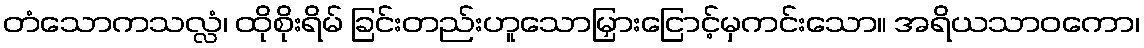
တံသောကသလ္လံ၊ ထိုစိုးရိမ် ခြင်းတည်းဟူသောမြှားငြောင့်မှကင်းသော။ အရိယသာဝကော၊